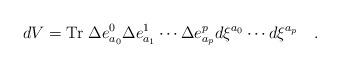
\begin{align*}dV = {\rm Tr} ~\Delta e_{a_0}^0 \Delta e_{a_1}^1 \cdots \Delta e_{a_p}^p d \xi^{a_0} \cdots d \xi^{a_p}\quad .\end{align*}